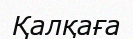
Қалқаға